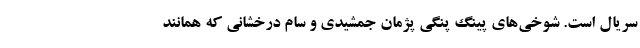
سریال است. شوخی‌های پینگ پنگی پژمان جمشیدی و سام درخشانی که همانند